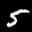
Label: 5